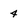
Character: 4